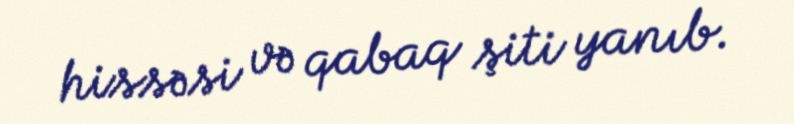
hissəsi və qabaq şiti yanıb.